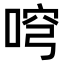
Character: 𠶥